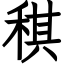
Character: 稘